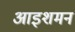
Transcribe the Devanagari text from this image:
आइशमन